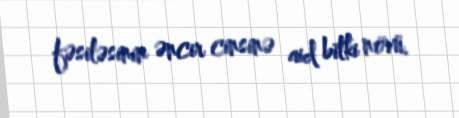
fəsiləsinin əncir cinsinə aid bitki növü.